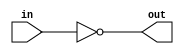
module top_module( input in, output out );
assign out = ~in;
endmodule

/*
  ~(Not)  (Not -> !)
               
       0  1  
*/